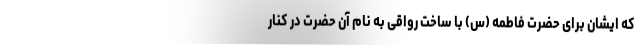
که ایشان برای حضرت فاطمه (س) با ساخت رواقی به نام آن حضرت در کنار